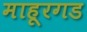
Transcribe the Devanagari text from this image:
माहूरगड